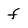
Character: f